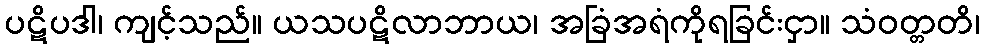
ပဋိပဒါ၊ ကျင့်သည်။ ယသပဋိလာဘာယ၊ အခြံအရံကိုရခြင်းငှာ။ သံဝတ္တတိ၊